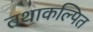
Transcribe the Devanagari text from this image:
तथाकल्पित